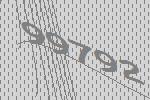
99792